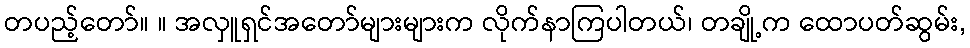
တပည့်တော်။ ။ အလှူရှင်အတော်များများက လိုက်နာကြပါတယ်၊ တချို့က ထောပတ်ဆွမ်း,